Calcutta medical institutions reports 1892-1900
Year: 1892
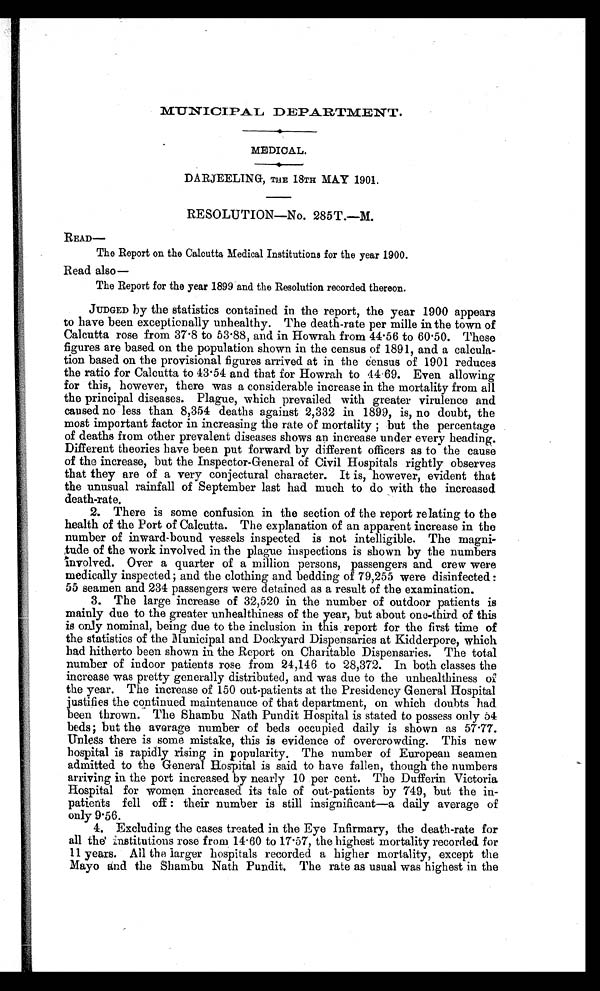
MUNICIPAL DEPARTMENT.
MEDICAL.
DARJEELING, THE 18TH MAY 1901.
RESOLUTION—NO. 285T.—M.
READ—
The Report on the Calcutta Medical Institutions for the year 1900.
Read also
—
The Report for the year 1899 and the Resolution recorded thereon.
JUDGED by the statistics contained in the report, the year 1900 appears
to have been exceptionally unhealthy. The death-rate per mille in the town of
Calcutta rose from 37.8 to 53.88, and in Howrah from 44.56 to 60.50. These
figures are based on the population shown in the census of 1891, and a calcula
-tion based on the provisional figures arrived at in the census of 1901 reduces
the ratio for Calcutta to 43.54 and that for Howrah to 44.69. Even allowing
for this, however, there was a considerable increase in the mortality from all
the principal diseases. Plague, which prevailed with greater virulence and
caused no less than 8,354 deaths against 2,332 in 1899, is, no doubt, the
most important factor in increasing the rate of mortality ; but the percentage
of deaths from other prevalent diseases shows an increase under every heading.
Different theories have been put forward by different officers as to the cause
of the increase, but the Inspector-General of Civil Hospitals rightly observes
that they are of a very conjectural character. It is, however, evident that
the unusual rainfall of September last had much to do with the increased
death-rate.
2. There is some confusion in the section of the report relating to the
health of the Port of Calcutta. The explanation of an apparent increase in the
number of inward-bound vessels inspected is not intelligible. The magni
-tude of the work involved in the plague inspections is shown by the numbers
involved. Over a quarter of a million persons, passengers and crew were
medically inspected ; and the clothing and bedding of 79,255 were disinfected :
55 seamen and 234 passengers were detained as a result of the examination.
3. The large increase of 32,520 in the number of outdoor patients is
mainly due to the greater unhealthiness of the year, but about one-third of this
is only nominal, being due to the inclusion in this report for the first time of
the statistics of the Municipal and Dockyard Dispensaries at Kidderpore, which
had hitherto been shown in the Report on Charitable Dispensaries. The total
number of indoor patients rose from 24,146 to 28,372. In both classes the
increase was pretty generally distributed, and was due to the unhealthiness of
the year. The increase of 150 out-patients at the Presidency General Hospital
justifies the continued maintenance of that department, on which doubts had
been thrown. The Shambu Nath Pundit Hospital is stated to possess only 54
beds ; but the average number of beds occupied daily is shown as 57.77.
Unless there is some mistake, this is evidence of overcrowding. This new
hospital is rapidly rising in popularity. The number of European seamen
admitted to the General Hospital is said to have fallen, though the numbers
arriving in the port increased by nearly 10 per cent. The Dufferin Victoria
Hospital for women increased its tale of out-patients by 749, but the in
-patients fell off : their number is still insignificant—a daily average of
only 9.56.
4. Excluding the cases treated in the Eye Infirmary, the death-rate for
all the institutions rose from 14.60 to 17.57, the highest mortality recorded for
11 years. All the larger hospitals recorded a higher mortality, except the
Mayo and the Shambu Nath Pundit. The rate as usual was highest in the